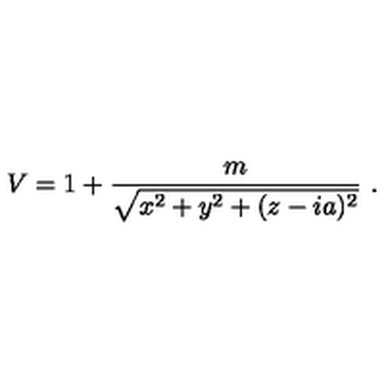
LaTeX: V = 1 + { \frac { m } { \sqrt { x ^ { 2 } + y ^ { 2 } + ( z - i a ) ^ { 2 } } } } \ .